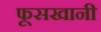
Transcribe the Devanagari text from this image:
फूसखानी